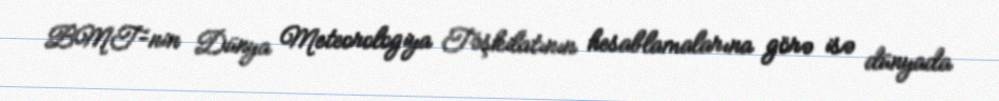
BMT-nin Dünya Meteorologiya Təşkilatının hesablamalarına görə isə dünyada